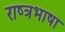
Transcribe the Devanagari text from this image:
राष्त्रभाषा